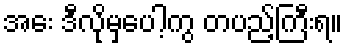
အေး ဒီလိုမှပေါ့ကွ တပည့်ကြီးရ။